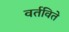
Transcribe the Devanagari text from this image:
वर्तविते